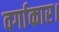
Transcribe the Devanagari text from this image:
वर्गाकार।